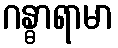
ဂန္ဓာရာမာ